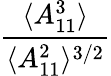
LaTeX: \frac{\langle A_{11}^{3}\rangle}{\langle A_{11}^{2}\rangle^{3/2}}